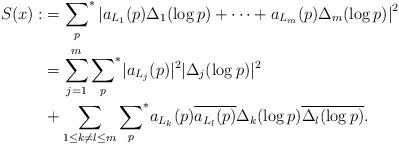
LaTeX: \begin{align*}S(x):&={\sum_p}^* \left |a_{L_1}(p)\Delta_1(\log p)+\cdots+a_{L_m}(p)\Delta_m(\log p)\right|^2\\&=\sum_{j=1}^m{\sum_p}^* |a_{L_j}(p)|^2|\Delta_j(\log p)|^2 \\&+\sum_{1\leq k\ne l\leq m}{\sum_p}^* a_{L_k}(p)\overline{a_{L_l}(p)}\Delta_k(\log p)\overline{\Delta_l(\log p)}.\end{align*}